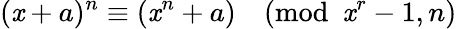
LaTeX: (\mathit{x}+a)^{n}\equiv(\mathit{x}^{n}+a){\pmod{\mathit{x}^{r}-1,n}}